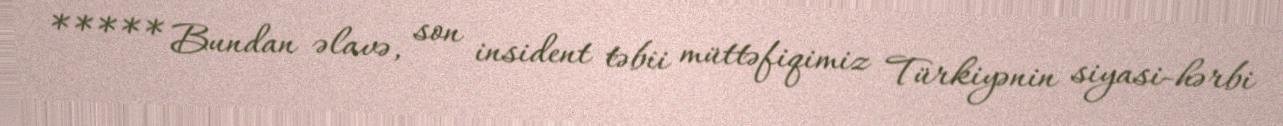
***** Bundan əlavə, son insident təbii müttəfiqimiz Türkiyənin siyasi-hərbi